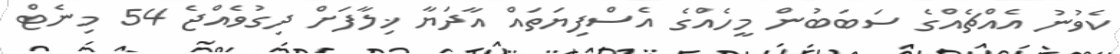
ކެވުނު އެއްޗެއްގެ ސަބަބުން މީހެއްގެ އެސްފިޔަތައް އާދަޔާ ޚިލާފަށް ދިގުވެއްޖެ 54 މިނެޓް